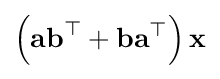
\left({\textbf {a}}{\textbf {b}}^{\top }+{\textbf {b}}{\textbf {a}}^{\top }\right){\textbf {x}}